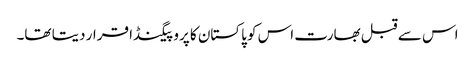
اس سے قبل بھارت اس کو پاکستان کا پروپیگنڈا قرار دیتا تھا۔